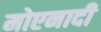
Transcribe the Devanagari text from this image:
मोएनादी